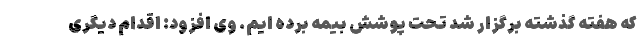
که هفته گذشته برگزار شد تحت پوشش بیمه برده ایم. وی افزود: اقدام دیگری